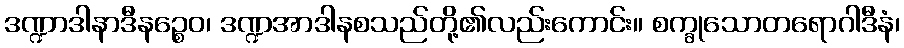
ဒဏ္ဍာဒါနာဒီနဉ္စေဝ၊ ဒဏ္ဍအာဒါနစသည်တို့၏လည်းကောင်း။ စက္ခုသောတရောဂါဒီနံ၊